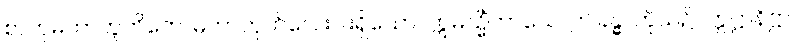
စာတုမဟာဘူတိကေ၊ မဟာဘုတ်လေးပါးရှိသော။ ဣမသ္မိံကာယေ၊ ဤခန္ဓာကိုယ်၌။ ဣဋ္ဌာနိဋ္ဌာ၊